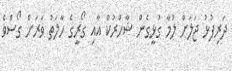
ދަރިފުޅު ޖަލަށް ލުމާ ގުޅީގެން ޝާހްރުކް އާއި ގޯރީގެ ހާލަތު ވަރަށް ގޯސްވެ